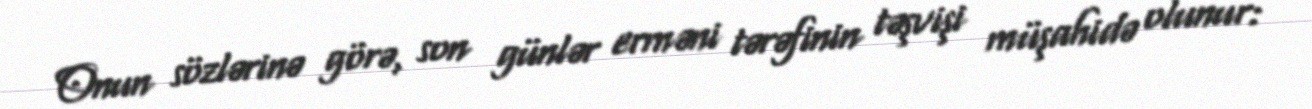
Onun sözlərinə görə, son günlər erməni tərəfinin təşvişi müşahidə olunur: